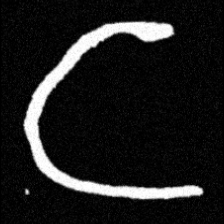
Pyu character \u2014 Myanmar letter: င (romanized: nga)